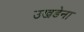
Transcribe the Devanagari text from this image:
उखडेना